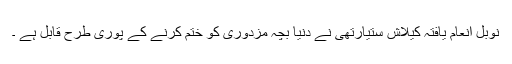
نوبل انعام یافتہ کیلاش ستیارتھی نے دنیا بچہ مزدوری کو ختم کرنے کے پوری طرح قابل ہے ۔